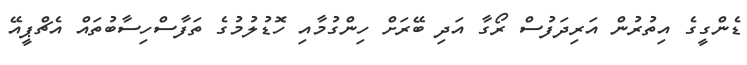
ޑެންގީގެ އިތުރުން އަރިދަފުސް ރޯގާ އަދި ބޭރަށް ހިންގުމާއި ހޮޑުލުމުގެ ތަފާސްހިސާބުތައް އެޗްޕީއޭ